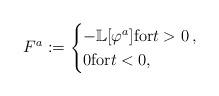
LaTeX: \begin{align*}F^{a}:=\begin{cases}-\mathbb L[\varphi^{a}] {\rm for}t>0\,,\\0 {\rm for}t<0,\end{cases}\end{align*}